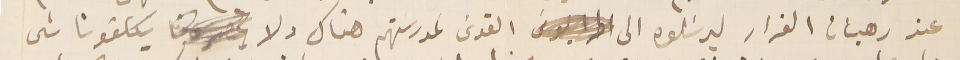
عند رهبان الفرار ليرسَلوه الى القدسَ لمدرستهم هناك ولا يكلفونا شى